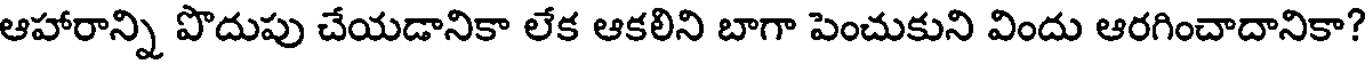
ఆహారాన్ని పొదుపు చేయడానికా లేక ఆకలిని బాగా పెంచుకుని విందు ఆరగించాదానికా?